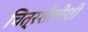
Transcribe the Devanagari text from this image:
चित्रशैलीशी